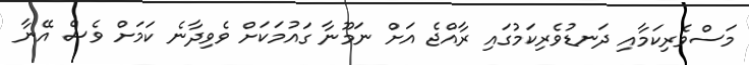
މަސްވެރިކަމާއި ދަނޑުވެރިކަމުގައި ރާއްޖެ އަށް ނަމޫނާ ގައުމަކަށް ވެވިދާނެ ކަމަށް ވެސް އޭނާ